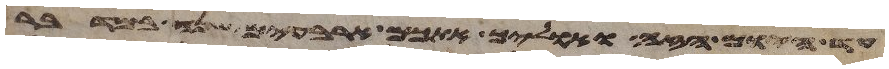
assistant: עד היום הזה ואוליך אתכם ארבעים שנה במדבר